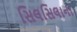
સિલસિલાના